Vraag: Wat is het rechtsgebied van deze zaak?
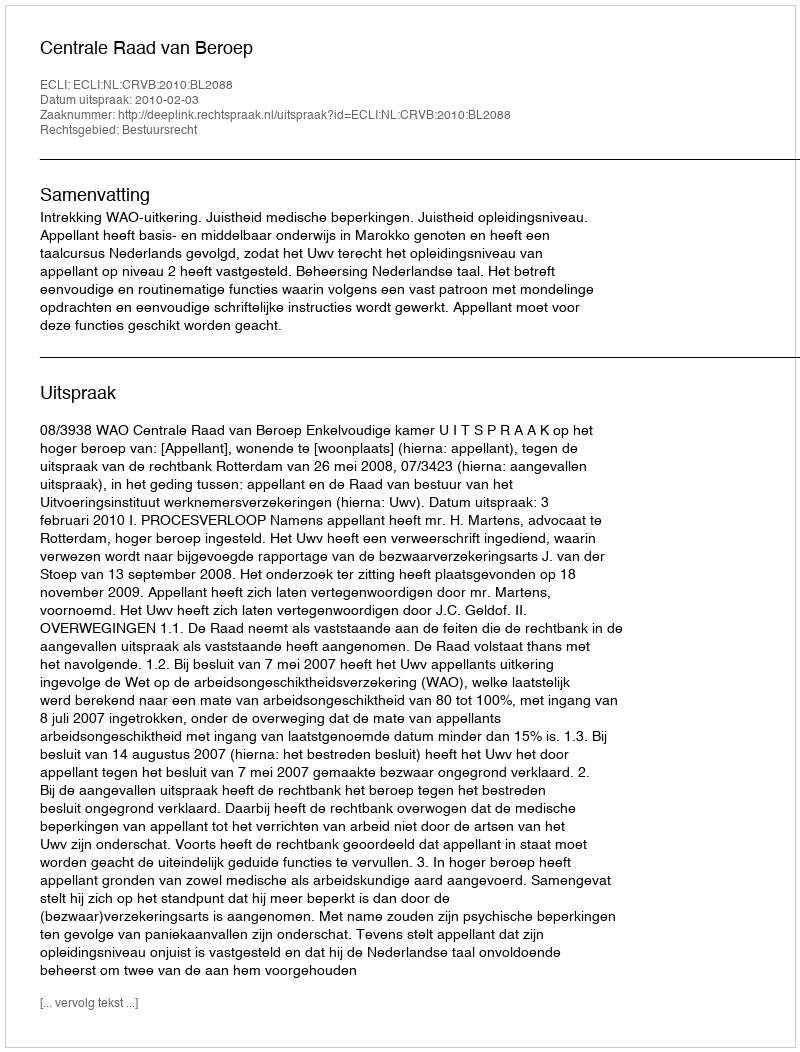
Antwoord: Bestuursrecht